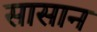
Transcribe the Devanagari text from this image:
सासान